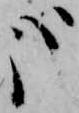
哉